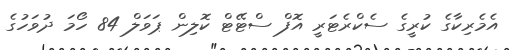
އެމެރިކާގެ ކުރީގެ ސެކްރެޓަރީ އޮފް ސްޓޭޓް ކޮލިން ޕަވަލް 84 ހޯމަ ދުވަހުގެ